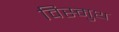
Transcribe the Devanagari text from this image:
विस्मुथ